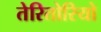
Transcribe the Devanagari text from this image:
तेरितोरियो